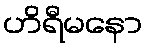
ဟိရီမနော